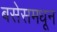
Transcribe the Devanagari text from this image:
बसेसमधून